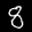
Label: 8